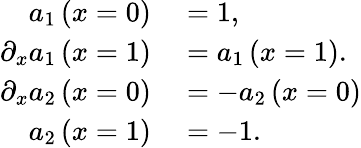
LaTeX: \begin{array}{rl}{a_{1}\left(x=0\right)}&{{}=1,}\\ {\partial_{x}a_{1}\left(x=1\right)}&{{}=a_{1}\left(x=1\right).}\\ {\partial_{x}a_{2}\left(x=0\right)}&{{}=-a_{2}\left(x=0\right)}\\ {a_{2}\left(x=1\right)}&{{}=-1.}\end{array}